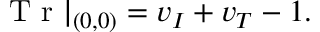
\mathrm { ~ T ~ r ~ } | _ { ( 0 , 0 ) } = v _ { I } + v _ { T } - 1 .